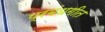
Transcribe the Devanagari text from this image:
प्रबंधगीत